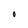
Character: O